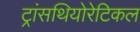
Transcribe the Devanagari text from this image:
ट्रांसथियोरेटिकल